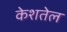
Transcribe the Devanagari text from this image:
केशतेल